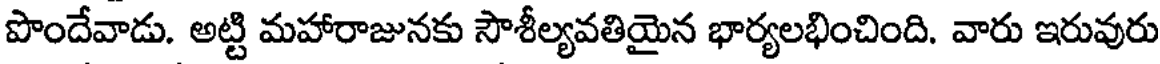
పొందేవాడు. అట్టి మహారాజునకు సౌశీల్యవతియైన భార్యలభించింది. వారు ఇరువురు